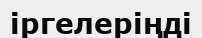
іргелеріңді